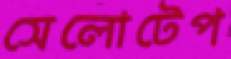
সেলোটেপ